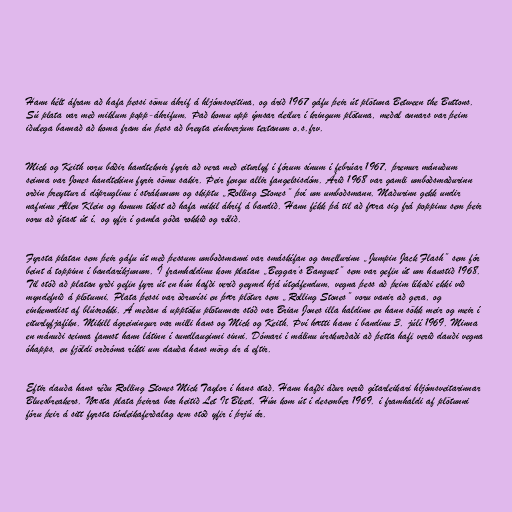
Hann hélt áfram að hafa þessi sömu áhrif á hljómsveitina, og árið 1967 gáfu þeir út plötuna Between the Buttons.
Sú plata var með miklum popp-áhrifum. Það komu upp ýmsar deilur í kringum plötuna, meðal annars var þeim
iðulega bannað að koma fram án þess að breyta einhverjum textanum o.s.frv.

Mick og Keith voru báðir handteknir fyrir að vera með eiturlyf í fórum sínum í febrúar 1967, þremur mánuðum
seinna var Jones handtekinn fyrir sömu sakir. Þeir fengu allir fangelsisdóm. Árið 1968 var gamli umboðsmaðurinn
orðin þreyttur á dópruglinu í strákunum og skiptu „Rolling Stones” því um umboðsmann. Maðurinn gekk undir
nafninu Allen Klein og honum tókst að hafa mikil áhrif á bandið. Hann fékk þá til að færa sig frá poppinu sem þeir
voru að ýtast út í, og yfir í gamla góða rokkið og rólið.

Fyrsta platan sem þeir gáfu út með þessum umboðsmanni var smáskífan og smellurinn „Jumpin Jack Flash” sem fór
beint á toppinn í bandaríkjunum. Í framhaldinu kom platan „Beggar’s Banquet” sem var gefin út um haustið 1968.
Til stóð að platan yrði gefin fyrr út en hún hafði verið geymd hjá útgáfendum, vegna þess að þeim líkaði ekki við
myndefnið á plötunni. Plata þessi var öðruvísi en þær plötur sem „Rolling Stones” voru vanir að gera, og
einkenndist af blúsrokki. Á meðan á upptöku plötunnar stóð var Brian Jones illa haldinn en hann sökk meir og meir í
eiturlyfjafíkn. Mikill ágreiningur var milli hans og Mick og Keith. Því hætti hann í bandinu 3. júlí 1969. Minna
en mánuði seinna fannst hann látinn í sundlauginni sinni. Dómari í málinu úrskurðaði að þetta hafi verið dauði vegna
óhapps, en fjöldi orðróma ríkti um dauða hans mörg ár á eftir.

Eftir dauða hans réðu Rolling Stones Mick Taylor í hans stað. Hann hafði áður verið gítarleikari hljómsveitarinnar
Bluesbreakers. Næsta plata þeirra bar heitið Let It Bleed. Hún kom út í desember 1969. í framhaldi af plötunni
fóru þeir á sitt fyrsta tónleikaferðalag sem stóð yfir í þrjú ár.